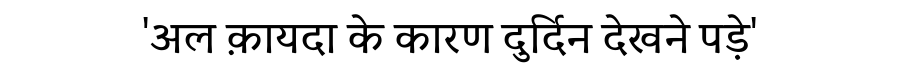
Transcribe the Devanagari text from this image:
'अल क़ायदा के कारण दुर्दिन देखने पड़े'